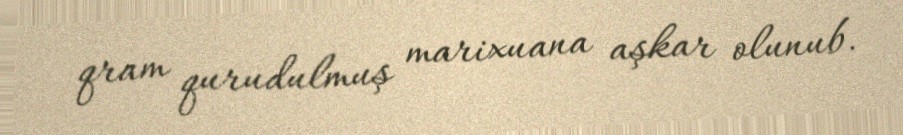
qram qurudulmuş marixuana aşkar olunub.